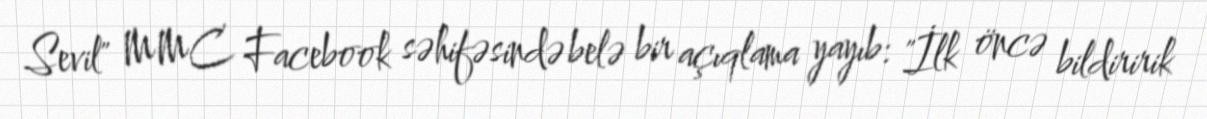
Sevil" MMC Facebook səhifəsində belə bir açıqlama yayıb: "İlk öncə bildiririk